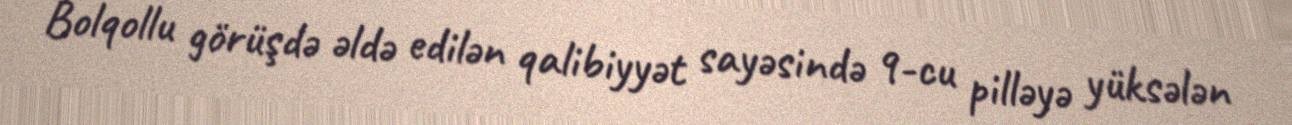
Bolqollu görüşdə əldə edilən qalibiyyət sayəsində 9-cu pilləyə yüksələn